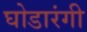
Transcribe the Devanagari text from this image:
घोडारंगी